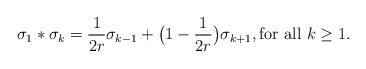
LaTeX: \begin{align*}\sigma_1 * \sigma_k = \frac{1}{2r} \sigma_{k-1} + \big( 1 - \frac{1}{2r}\big) \sigma_{k+1}, \textrm{for all $k \geq 1$}.\end{align*}